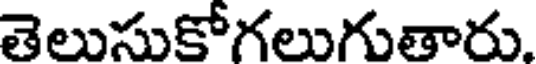
తెలుసుకోగలుగుతారు.